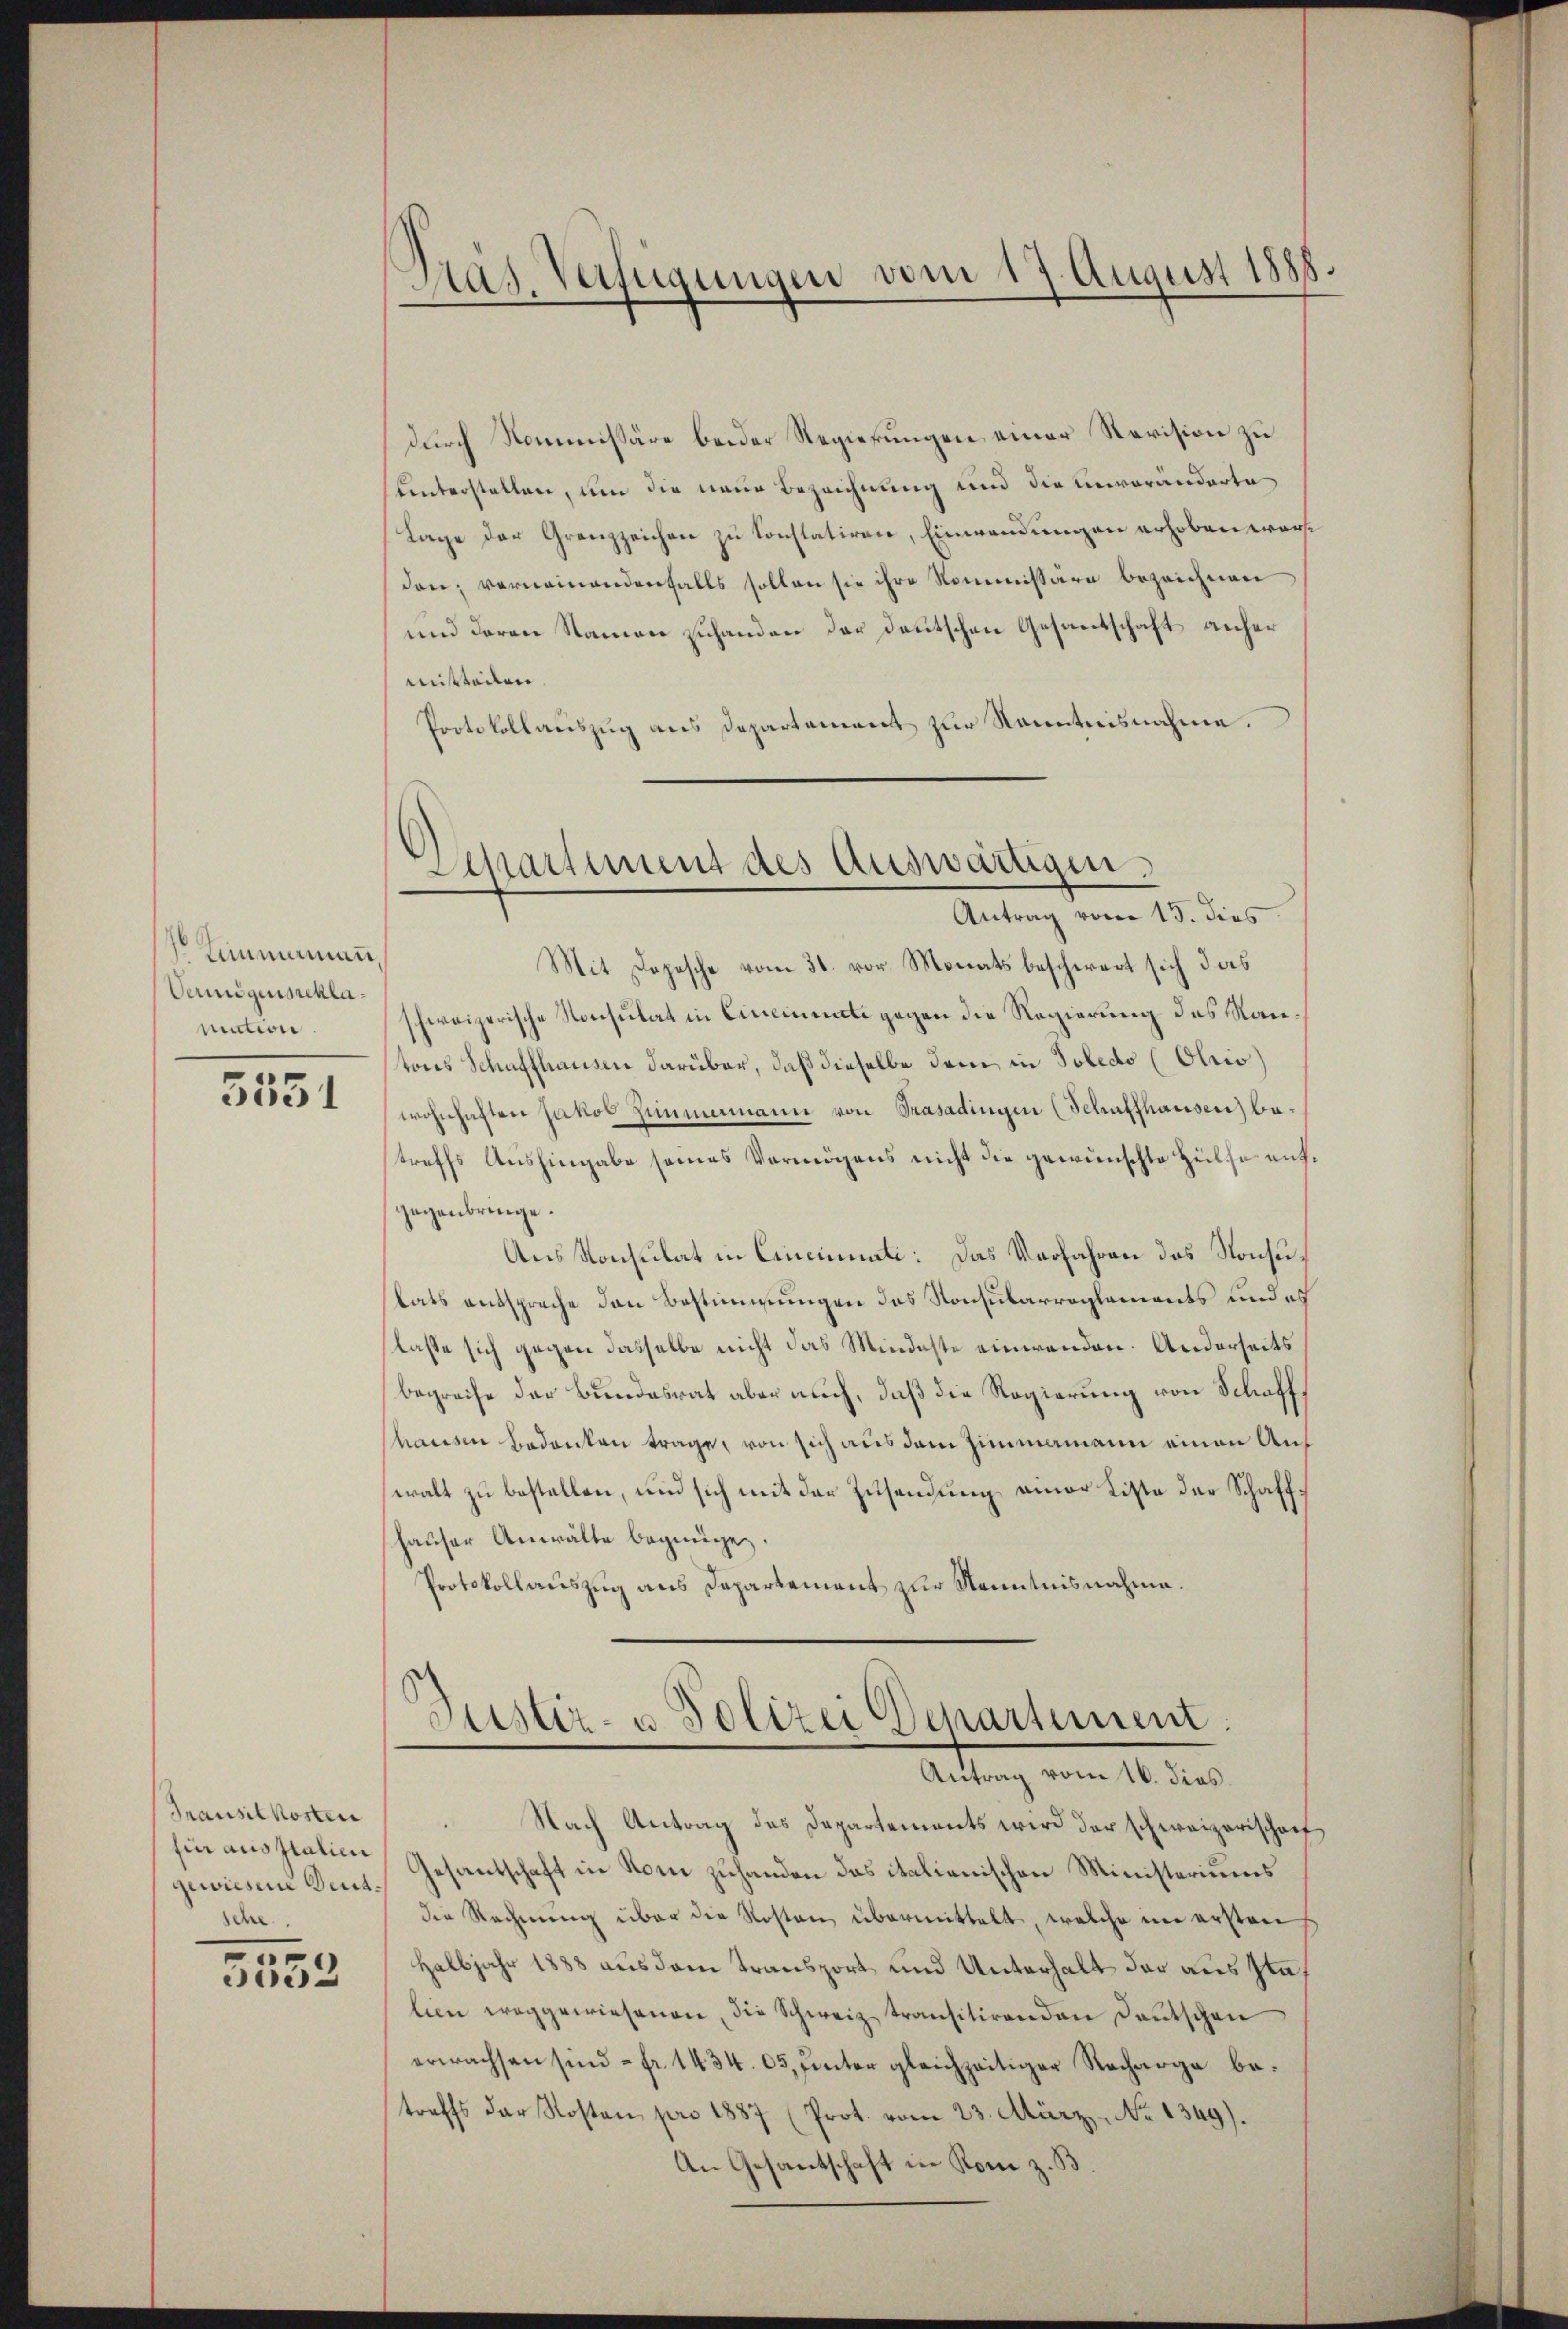
Limmamann,
Vermögensschlamation

3551

Transilkosten
für aus Italien
gewiesene Deutsche

.
5552

Gras Verfügungen vom 17. August 1888.

Aariment des Auswärtigen.
Antrag vom 15. dies

durch Kommissäre beider Regierungen einer Revision zu
unterstellen, um die neue Bezeichnung und die unveränderte
Lage der Grenzzeichen zu konstatiren, Einwendungen erhoben wäre
den; verneinandenfalls sollen sie ihre Kommissäre bezeichnen
und daran Namen zuhanden der deutschen Gesantschaft anher
mitteilen
Protokollauszug aus Departement zur Kenntnisnahme.
Mit Depesche vom 31. vor. Monats beschwert sich das
schweizerische Konsulat in Cincinate gegen die Regierung des Kantons Schaffhausen darüber, daß dieselbe dem in Toledo (Obris
wohnhaften Jakob Zimmemann von Trasadingen (Schaffhausen) bestreffs Aushingabe seines Vermögens nicht die gewünschte Heilse aufgegenbringe.
Aus Konsulat in Cincinati: Das Verfahren das Konsulats entspreche den Bestimmungen das Konsularreglements und es
lasse sich gegen dasselbe nicht das Mindeste einwenden. Anderseits
begreife der Bundesrat aber auch, daß die Regierung von Schaff
hausen Bedanken trage, von sich aus dem Zimmamann einen Auf
walt zu bestellen, und sich mit der Zusendung einer Liste der Schaffhauser Anwälte begnügen.
Protokollauszug aus Departement zur Kenntnisnahme.

Justiz- u Polizei Departement
Antrag vom 16. dies.

Nach Antrag des Departements wird der schweizerischaf
Gesantschaft in Rom zuhanden das italienischen Ministeriums
die Rechnung über die Kosten übermittelt, welche im ersten
Halbjahr 1888 aus dem Transport und Unterhalt der aus Ita
lein weggewiesenen, die Schweiz transitirenden Deutschen
erwachsen sind – fr. 1434. 05, unter gleichzeitiger Recharge betreffs der Kosten pro 1887 (Prot. vom 23. März, No 1349).
An Gesantschaft in Rom z. B